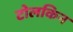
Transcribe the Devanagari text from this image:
टोलकिन